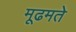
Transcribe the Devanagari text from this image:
मूढमते